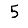
Digit: 5